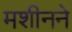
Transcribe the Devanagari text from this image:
मशीनने